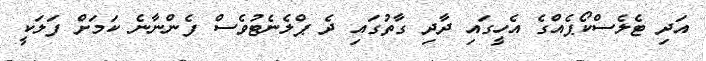
އަދި ޓެލެސްކޯޕެއްގެ އެހީގައި ދާދި ގާތުގައި ދެ ޕްލެނެޓުވެސް ފެންނާނެ ކަމަށް ފަލަކީ